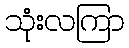
သုံးလကြာ